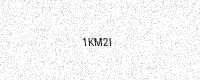
Text: 1KM2I